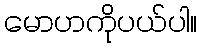
မောဟကိုပယ်ပါ။